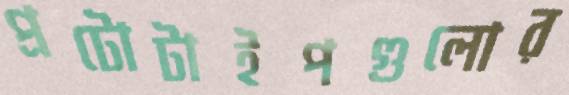
প্রটোটাইপগুলোর